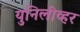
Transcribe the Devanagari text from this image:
युनिलीव्हर